Medical and sanitary report of the native army of Bengal for the year
Year: 1875
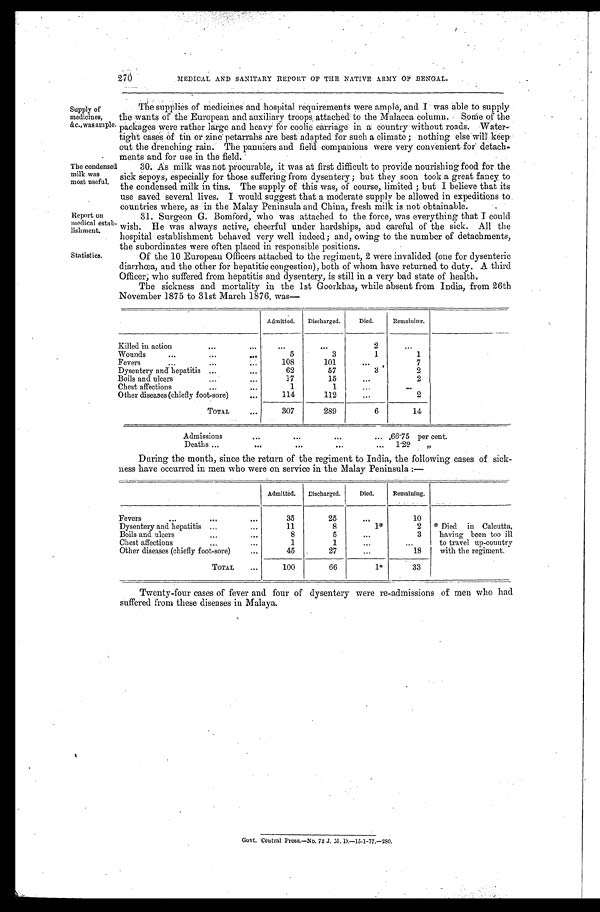
Report on
medical estab
-lishment.
Statistics.
270
MEDICAL AND SANITARY REPORT OF THE NATIVE ARMY BENGAL.
Supply of
medicines,
&c.,was ample.
The condensed
milk was
most useful.
The supplies of medicines and hospital requirements were ample, and I was able to supply
the wants of the European and auxiliary troops attached to the Malacca column. Some of the
packages were rather large and heavy for coolie carriage in a country without roads. Water-
tight cases of tin or zinc petarrahs are best adapted for such a climate; nothing else will keep
out the drenching rain. The panniers and field companions were very convenient for detach
- m e n t s a n d f o r u s e i n t h e f i e l d .
30. As milk was not procurable, it was at first difficult to provide nourishing food for the
sick sepoys, especially for those suffering from dysentery; but they soon took a great fancy to
the condensed milk in tins. The supply of this was, of course, limited; but I believe that its
use saved several lives. I would suggest that a moderate supply be allowed in expeditions to.
countries where, as in the Malay Peninsula and China, fresh milk is not obtainable.
31. Surgeon G. Bomford, who was attached to the force, was everything that I could
wish. He was always active, cheerful under hardships, and careful of the sick. All the
hospital establishment behaved very well indeed; and, owing to the number of detachments,
the subordinates were often placed in responsible positions.
Of the 10 European Officers attached to the regiment, 2 were invalided (one for dysenteric
diarrhoea, and the other for hepatitic congestion), both of whom have returned to duty. A third
Officer; who suffered from hepatitis and dysentery, is still in a very bad state of health.
The sickness and mortality in the 1st Goorkhas, while absent from India, from 26th
November 1875 to 31st March 1876, was—
Admitted. Discharged. Died. Remaining.
Killed in action
2
Wounds
5
3
1
1
Fevers
108
101
7
Dysentery and hepatitis
62
57
3
2
Boils and ulcers
17
15
2
Chest affections
1
1
Other diseases (chiefly foot-sore)
114
112
2
TOTAL
307
289
6
14
Admissions
66.75 per cent.
Deaths
1.29 „
During the month, since the return of the regiment to India, the following cases of sick
-ness have occurred in men who were on service in the Malay Peninsula:—
Admitted. Discharged. Died. Remaining.
Fevers
35
25
10
Dysentery and hepatitis
11
8
1*
2 * Died in Calcutta ,
having been too ill
to travel up-country
with the regiment.
B o i l s a n d u l c e r s
8
5
3
Chest af f ect i ons
1
1
Other diseases (chiefly foot-sore)
45
27
18
TOTAL
100
66
1*
33
Twenty-four cases of fever and four of dysentery were re-admissions of men who had
suffered from these diseases in Malaya.
Govt. Central Press.—No. 72 J. M. D.-15.1-77.-28O.